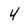
Character: 4